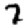
Digit: 7